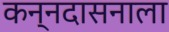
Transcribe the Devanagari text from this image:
कन्नदासनाला